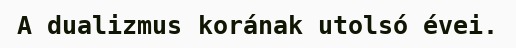
A dualizmus korának utolsó évei.